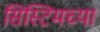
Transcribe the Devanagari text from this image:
सिस्टिमच्या